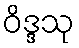
ဝိဒ္ဒသု